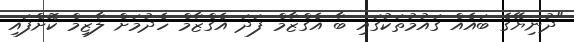
"ދުނިޔޭގެ ބައެއް ގައުމުތަކުގައި ބާ އެގްޒާމް ފަދަ އެގްޒާމް ހެދުމަށް ލާޒިމް ކޮށްފައި